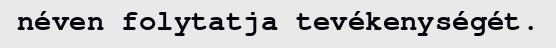
néven folytatja tevékenységét.